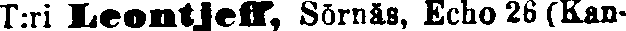
T:ri Leontjeff, Sörnäs, Echo 26(Kan-